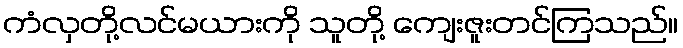
ကံလှတို့လင်မယားကို သူတို့ ကျေးဇူးတင်ကြသည်။